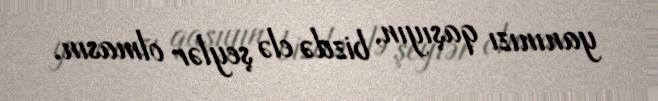
yanınızı qaşıyın, bizdə elə şeylər olmasın.